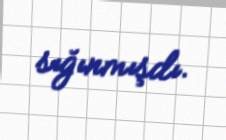
sığınmışdı.